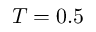
T = 0 . 5